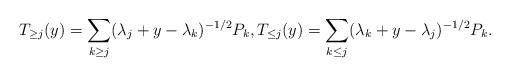
LaTeX: \begin{align*}T_{\geq j}(y)=\sum_{k\geq j}(\lambda_j+y-\lambda_k)^{-1/2}P_k,T_{\leq j}(y)=\sum_{k\leq j}(\lambda_k+y-\lambda_j)^{-1/2}P_k.\end{align*}